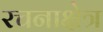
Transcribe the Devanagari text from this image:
रचनाक्षेत्र